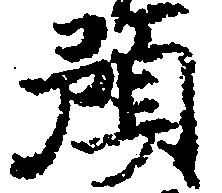
預